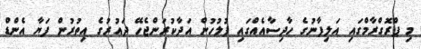
މި ޕްރޮގްރާމްގައި އަލިފާނުގެ ހާދިސާއެއްގައި ފުލުހުން އަދާކުރަންޖެހޭ ދައުރުގެ އިތުރުން ފަޔާ އެންޑް